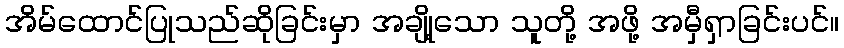
အိမ်ထောင်ပြုသည်ဆိုခြင်းမှာ အချို့သော သူတို့ အဖို့ အမှီရှာခြင်းပင်။